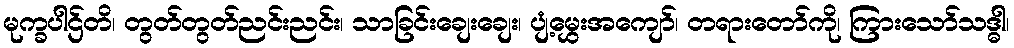
မုက္ခပါဌ်တိ၊ တွတ်တွတ်ညင်းညင်း၊ သာခြင်းချေးချေး၊ ပျံ့မွှေးအကျော်၊ တရားတော်ကို၊ ကြားသော်သဒ္ဓါ၊